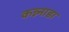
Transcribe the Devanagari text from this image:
कन्न्नाडा